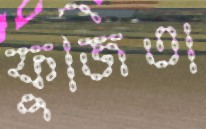
ফুজিতা